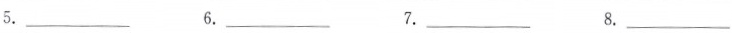
5.___6.___ 7.___ 8.___